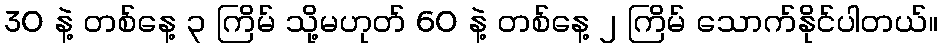
30 နဲ့ တစ်နေ့ ၃ ကြိမ် သို့မဟုတ် 60 နဲ့ တစ်နေ့ ၂ ကြိမ် သောက်နိုင်ပါတယ်။